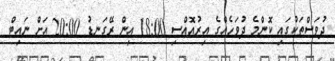
ދުވަސްތަކުގައި ކޮންމެ ދުވަހެއްގެ އިރުއޮއްސި 18:00 އިން ރޭގަނޑު 20:00 އަށް ނައިޓް